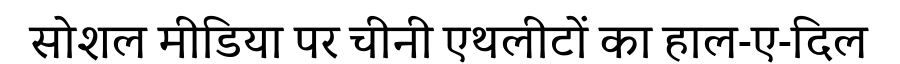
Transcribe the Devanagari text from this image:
सोशल मीडिया पर चीनी एथलीटों का हाल-ए-दिल